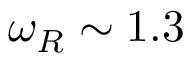
\omega _ { R } \sim 1 . 3